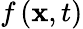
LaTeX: f\left(\mathbf{x},t\right)